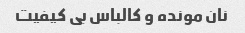
نان مونده و کالباس بی کیفیت